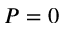
P = 0